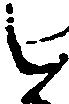
と